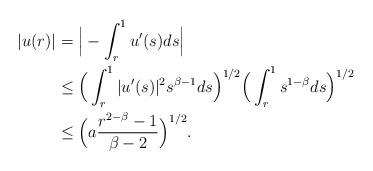
LaTeX: \begin{align*}|u(r)| &= \Big|-\int_r^1 u'(s) ds\Big| \\&\leq \Big( \int_r^1 |u'(s)|^2 s^{\beta -1} ds \Big) ^{1/2} \Big( \int_r^1 s^{1-\beta} ds \Big) ^{1/2}\\&\leq \Big( a \frac{r^{2-\beta} -1}{\beta -2} \Big) ^{1/2}.\end{align*}